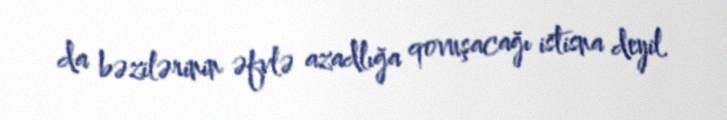
da bəzilərinin əfvlə azadlığa qovuşacağı istisna deyil.